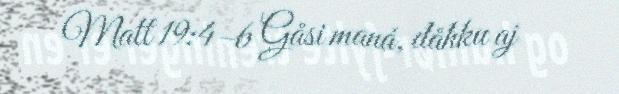
Matt 19:4–6 Gåsi maná, dåhku aj